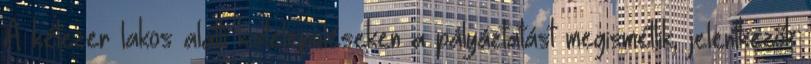
A kétezer lakos alatti kistelepüléseken a pályáztatást megismétlik, jelentkezők